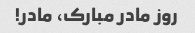
روز مادر مبارک، مادر!